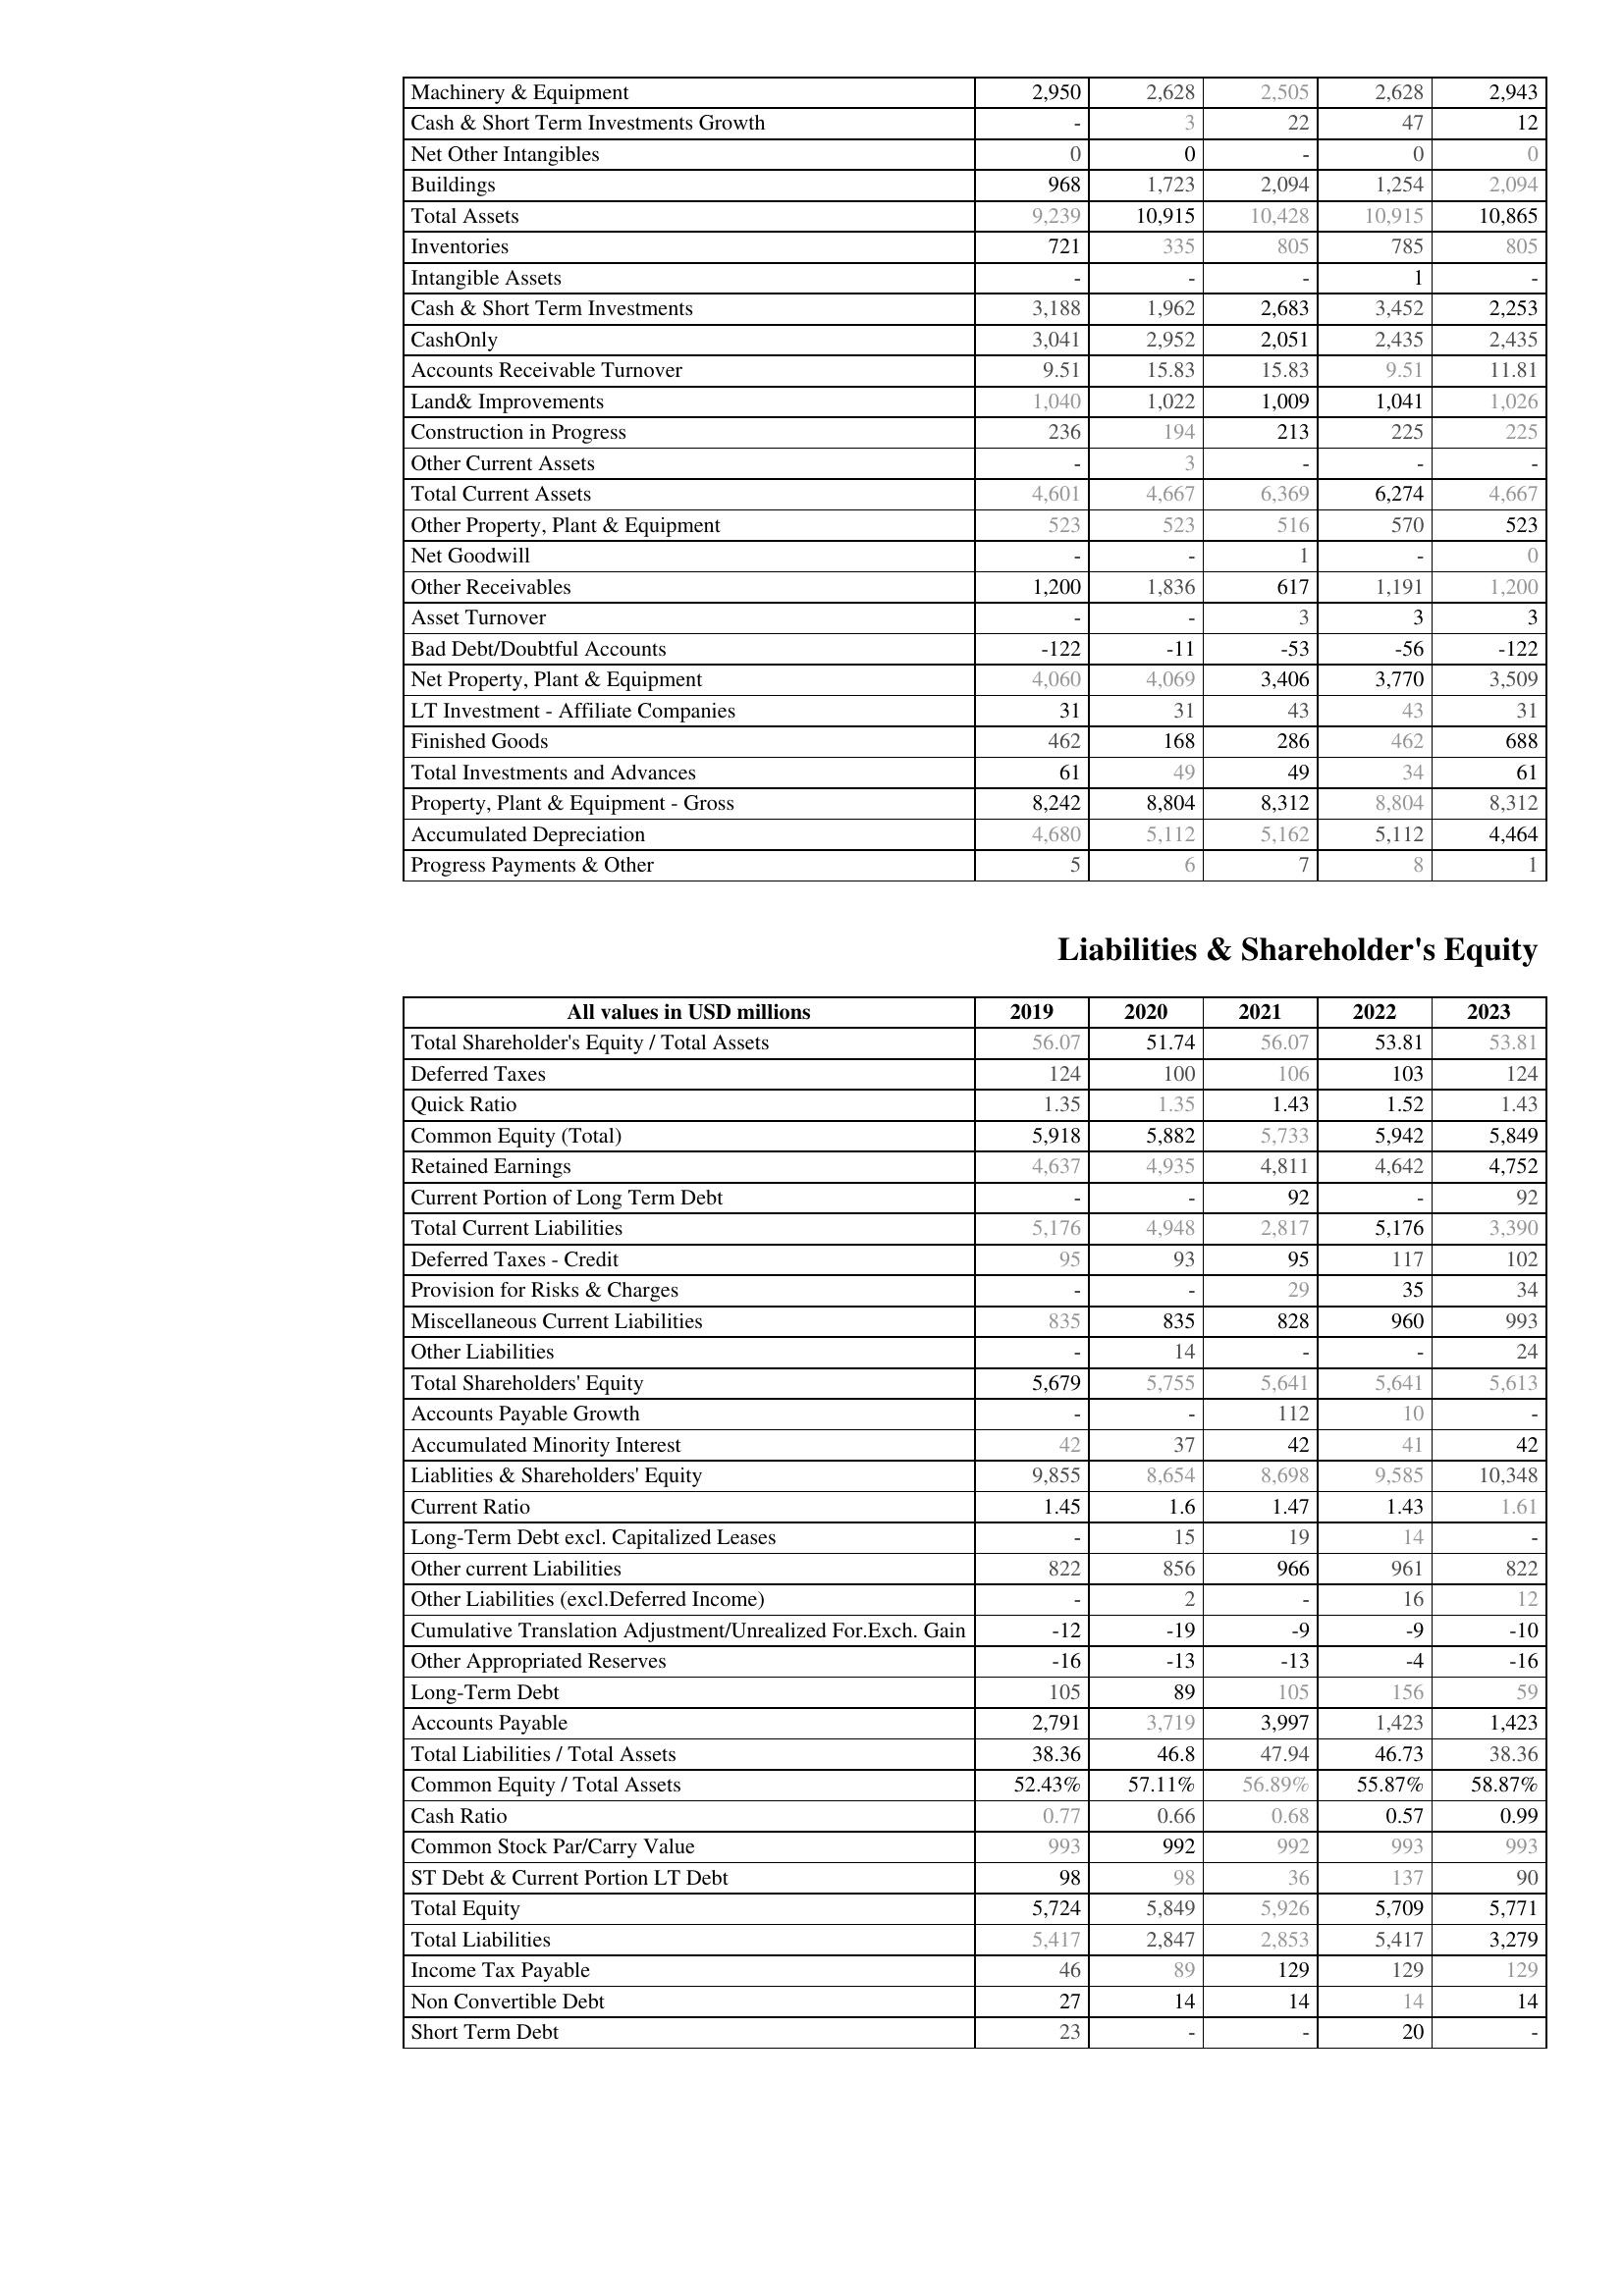
2019: Assets: Machinery & Equipment: 2,950
Cash & Short Term Investments Growth: -
Net Other Intangibles: 0
Buildings: 968
Total Assets: 9,239
Inventories: 721
Intangible Assets: -
Cash & Short Term Investments: 3,188
CashOnly: 3,041
Accounts Receivable Turnover: 9.51
Land& Improvements: 1,040
Construction in Progress: 236
Other Current Assets: -
Total Current Assets: 4,601
Other Property, Plant & Equipment: 523
Net Goodwill: -
Other Receivables: 1,200
Asset Turnover: -
Bad Debt/Doubtful Accounts: -122
Net Property, Plant & Equipment: 4,060
LT Investment - Affiliate Companies: 31
Finished Goods: 462
Total Investments and Advances: 61
Property, Plant & Equipment - Gross : 8,242
Accumulated Depreciation: 4,680
Progress Payments & Other: 5
Liabilities & Shareholder's Equity: Total Shareholder's Equity / Total Assets: 56.07
Deferred Taxes: 124
Quick Ratio: 1.35
Common Equity (Total): 5,918
Retained Earnings: 4,637
Current Portion of Long Term Debt: -
Total Current Liabilities: 5,176
Deferred Taxes - Credit: 95
Provision for Risks & Charges: -
Miscellaneous Current Liabilities: 835
Other Liabilities: -
Total Shareholders' Equity: 5,679
Accounts Payable Growth: -
Accumulated Minority Interest: 42
Liablities & Shareholders' Equity: 9,855
Current Ratio: 1.45
Long-Term Debt excl. Capitalized Leases: -
Other current Liabilities: 822
Other Liabilities (excl.Deferred Income): -
Cumulative Translation Adjustment/Unrealized For.Exch. Gain: -12
Other Appropriated Reserves: -16
Long-Term Debt: 105
Accounts Payable: 2,791
Total Liabilities / Total Assets: 38.36
Common Equity / Total Assets: 52.43%
Cash Ratio: 0.77
Common Stock Par/Carry Value: 993
ST Debt & Current Portion LT Debt: 98
Total Equity: 5,724
Total Liabilities: 5,417
Income Tax Payable: 46
Non Convertible Debt: 27
Short Term Debt: 23
2020: Assets: Machinery & Equipment: 2,628
Cash & Short Term Investments Growth: 3
Net Other Intangibles: 0
Buildings: 1,723
Total Assets: 10,915
Inventories: 335
Intangible Assets: -
Cash & Short Term Investments: 1,962
CashOnly: 2,952
Accounts Receivable Turnover: 15.83
Land& Improvements: 1,022
Construction in Progress: 194
Other Current Assets: 3
Total Current Assets: 4,667
Other Property, Plant & Equipment: 523
Net Goodwill: -
Other Receivables: 1,836
Asset Turnover: -
Bad Debt/Doubtful Accounts: -11
Net Property, Plant & Equipment: 4,069
LT Investment - Affiliate Companies: 31
Finished Goods: 168
Total Investments and Advances: 49
Property, Plant & Equipment - Gross : 8,804
Accumulated Depreciation: 5,112
Progress Payments & Other: 6
Liabilities & Shareholder's Equity: Total Shareholder's Equity / Total Assets: 51.74
Deferred Taxes: 100
Quick Ratio: 1.35
Common Equity (Total): 5,882
Retained Earnings: 4,935
Current Portion of Long Term Debt: -
Total Current Liabilities: 4,948
Deferred Taxes - Credit: 93
Provision for Risks & Charges: -
Miscellaneous Current Liabilities: 835
Other Liabilities: 14
Total Shareholders' Equity: 5,755
Accounts Payable Growth: -
Accumulated Minority Interest: 37
Liablities & Shareholders' Equity: 8,654
Current Ratio: 1.6
Long-Term Debt excl. Capitalized Leases: 15
Other current Liabilities: 856
Other Liabilities (excl.Deferred Income): 2
Cumulative Translation Adjustment/Unrealized For.Exch. Gain: -19
Other Appropriated Reserves: -13
Long-Term Debt: 89
Accounts Payable: 3,719
Total Liabilities / Total Assets: 46.8
Common Equity / Total Assets: 57.11%
Cash Ratio: 0.66
Common Stock Par/Carry Value: 992
ST Debt & Current Portion LT Debt: 98
Total Equity: 5,849
Total Liabilities: 2,847
Income Tax Payable: 89
Non Convertible Debt: 14
Short Term Debt: -
2021: Assets: Machinery & Equipment: 2,505
Cash & Short Term Investments Growth: 22
Net Other Intangibles: -
Buildings: 2,094
Total Assets: 10,428
Inventories: 805
Intangible Assets: -
Cash & Short Term Investments: 2,683
CashOnly: 2,051
Accounts Receivable Turnover: 15.83
Land& Improvements: 1,009
Construction in Progress: 213
Other Current Assets: -
Total Current Assets: 6,369
Other Property, Plant & Equipment: 516
Net Goodwill: 1
Other Receivables: 617
Asset Turnover: 3
Bad Debt/Doubtful Accounts: -53
Net Property, Plant & Equipment: 3,406
LT Investment - Affiliate Companies: 43
Finished Goods: 286
Total Investments and Advances: 49
Property, Plant & Equipment - Gross : 8,312
Accumulated Depreciation: 5,162
Progress Payments & Other: 7
Liabilities & Shareholder's Equity: Total Shareholder's Equity / Total Assets: 56.07
Deferred Taxes: 106
Quick Ratio: 1.43
Common Equity (Total): 5,733
Retained Earnings: 4,811
Current Portion of Long Term Debt: 92
Total Current Liabilities: 2,817
Deferred Taxes - Credit: 95
Provision for Risks & Charges: 29
Miscellaneous Current Liabilities: 828
Other Liabilities: -
Total Shareholders' Equity: 5,641
Accounts Payable Growth: 112
Accumulated Minority Interest: 42
Liablities & Shareholders' Equity: 8,698
Current Ratio: 1.47
Long-Term Debt excl. Capitalized Leases: 19
Other current Liabilities: 966
Other Liabilities (excl.Deferred Income): -
Cumulative Translation Adjustment/Unrealized For.Exch. Gain: -9
Other Appropriated Reserves: -13
Long-Term Debt: 105
Accounts Payable: 3,997
Total Liabilities / Total Assets: 47.94
Common Equity / Total Assets: 56.89%
Cash Ratio: 0.68
Common Stock Par/Carry Value: 992
ST Debt & Current Portion LT Debt: 36
Total Equity: 5,926
Total Liabilities: 2,853
Income Tax Payable: 129
Non Convertible Debt: 14
Short Term Debt: -
2022: Assets: Machinery & Equipment: 2,628
Cash & Short Term Investments Growth: 47
Net Other Intangibles: 0
Buildings: 1,254
Total Assets: 10,915
Inventories: 785
Intangible Assets: 1
Cash & Short Term Investments: 3,452
CashOnly: 2,435
Accounts Receivable Turnover: 9.51
Land& Improvements: 1,041
Construction in Progress: 225
Other Current Assets: -
Total Current Assets: 6,274
Other Property, Plant & Equipment: 570
Net Goodwill: -
Other Receivables: 1,191
Asset Turnover: 3
Bad Debt/Doubtful Accounts: -56
Net Property, Plant & Equipment: 3,770
LT Investment - Affiliate Companies: 43
Finished Goods: 462
Total Investments and Advances: 34
Property, Plant & Equipment - Gross : 8,804
Accumulated Depreciation: 5,112
Progress Payments & Other: 8
Liabilities & Shareholder's Equity: Total Shareholder's Equity / Total Assets: 53.81
Deferred Taxes: 103
Quick Ratio: 1.52
Common Equity (Total): 5,942
Retained Earnings: 4,642
Current Portion of Long Term Debt: -
Total Current Liabilities: 5,176
Deferred Taxes - Credit: 117
Provision for Risks & Charges: 35
Miscellaneous Current Liabilities: 960
Other Liabilities: -
Total Shareholders' Equity: 5,641
Accounts Payable Growth: 10
Accumulated Minority Interest: 41
Liablities & Shareholders' Equity: 9,585
Current Ratio: 1.43
Long-Term Debt excl. Capitalized Leases: 14
Other current Liabilities: 961
Other Liabilities (excl.Deferred Income): 16
Cumulative Translation Adjustment/Unrealized For.Exch. Gain: -9
Other Appropriated Reserves: -4
Long-Term Debt: 156
Accounts Payable: 1,423
Total Liabilities / Total Assets: 46.73
Common Equity / Total Assets: 55.87%
Cash Ratio: 0.57
Common Stock Par/Carry Value: 993
ST Debt & Current Portion LT Debt: 137
Total Equity: 5,709
Total Liabilities: 5,417
Income Tax Payable: 129
Non Convertible Debt: 14
Short Term Debt: 20
2023: Assets: Machinery & Equipment: 2,943
Cash & Short Term Investments Growth: 12
Net Other Intangibles: 0
Buildings: 2,094
Total Assets: 10,865
Inventories: 805
Intangible Assets: -
Cash & Short Term Investments: 2,253
CashOnly: 2,435
Accounts Receivable Turnover: 11.81
Land& Improvements: 1,026
Construction in Progress: 225
Other Current Assets: -
Total Current Assets: 4,667
Other Property, Plant & Equipment: 523
Net Goodwill: 0
Other Receivables: 1,200
Asset Turnover: 3
Bad Debt/Doubtful Accounts: -122
Net Property, Plant & Equipment: 3,509
LT Investment - Affiliate Companies: 31
Finished Goods: 688
Total Investments and Advances: 61
Property, Plant & Equipment - Gross : 8,312
Accumulated Depreciation: 4,464
Progress Payments & Other: 1
Liabilities & Shareholder's Equity: Total Shareholder's Equity / Total Assets: 53.81
Deferred Taxes: 124
Quick Ratio: 1.43
Common Equity (Total): 5,849
Retained Earnings: 4,752
Current Portion of Long Term Debt: 92
Total Current Liabilities: 3,390
Deferred Taxes - Credit: 102
Provision for Risks & Charges: 34
Miscellaneous Current Liabilities: 993
Other Liabilities: 24
Total Shareholders' Equity: 5,613
Accounts Payable Growth: -
Accumulated Minority Interest: 42
Liablities & Shareholders' Equity: 10,348
Current Ratio: 1.61
Long-Term Debt excl. Capitalized Leases: -
Other current Liabilities: 822
Other Liabilities (excl.Deferred Income): 12
Cumulative Translation Adjustment/Unrealized For.Exch. Gain: -10
Other Appropriated Reserves: -16
Long-Term Debt: 59
Accounts Payable: 1,423
Total Liabilities / Total Assets: 38.36
Common Equity / Total Assets: 58.87%
Cash Ratio: 0.99
Common Stock Par/Carry Value: 993
ST Debt & Current Portion LT Debt: 90
Total Equity: 5,771
Total Liabilities: 3,279
Income Tax Payable: 129
Non Convertible Debt: 14
Short Term Debt: -